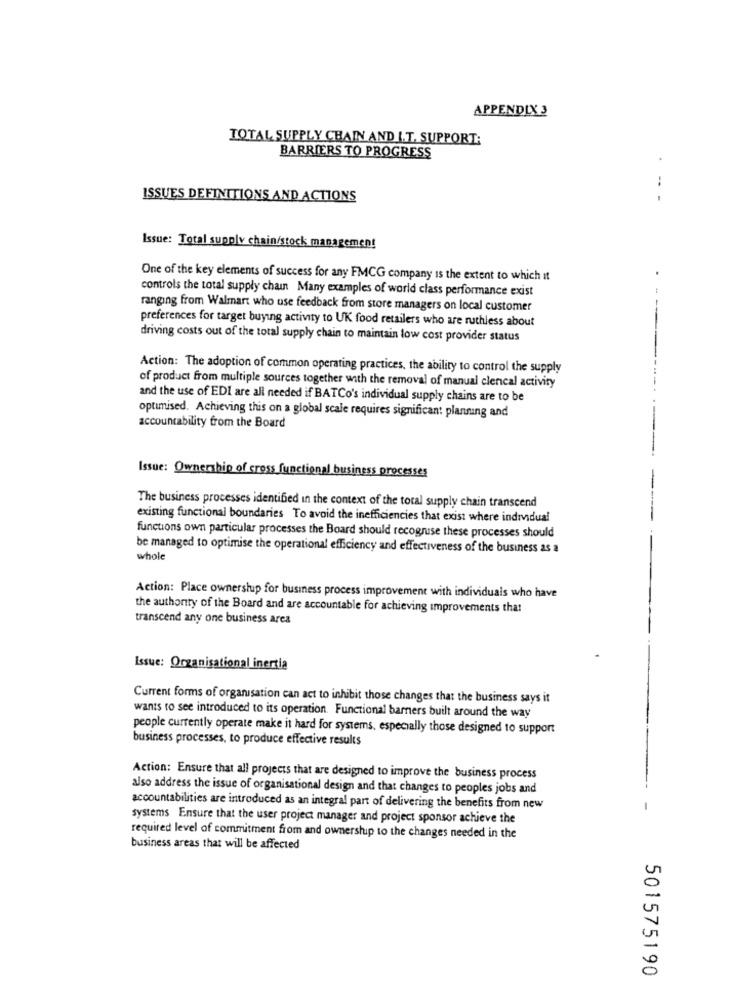
APPENDIX 3
TOTAL SUPPLY CHAIN AND I.T. SUPPORT;
BARRIERS TO PROGRESS
.
ISSUES DEFINITIONS AND ACTIONS
-- -
Issue: Total supply chain/stock management
One of the key elements of success for any FMCG company is the extent to which it
.
controls the total supply chain Many examples of world class performance exist
ranging from Walmart who use feedback from store managers on local customer
preferences for target buying activity to UK food retailers who are ruthless about
driving costs out of the total supply chain to maintain low cost provider status
Action: The adoption of common operating practices, the ability to control the supply
of product from multiple sources together with the removal of manual clencal activity
and the use of EDI are all needed if BATCo's individual supply chains are to be
optimised. Achieving this on a global scale requires significant planning and
accountability from the Board
Issue: Ownership of cross functional business processes
The business processes identified in the context of the total supply chain transcend
existing functional boundaries To avoid the inefficiencies that exist where individual
functions own particular processes the Board should recognuse these processes should
be managed to optimise the operational efficiency and effectiveness of the business as a
whole
Action: Place ownership for business process improvement with individuals who have
the authority of the Board and are accountable for achieving improvements that
transcend any one business area
Issue: Organisational inertia
Current forms of organisation can act to inhibit those changes that the business says it
wants to see introduced to its operation. Functional barners built around the way
people currently operate make it hard for systems, especially those designed to support
business processes, to produce effective results
Action: Ensure that all projects that are designed to improve the business process
also address the issue of organisational design and that changes to peoples jobs and
accountabilities are introduced as an integral part of delivering the benefits from new
-
systems Ensure that the user project manager and project sponsor achieve the
required level of commitment from and ownership to the changes needed in the
business areas that will be affected
501575190